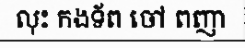
លុះ កងទ័ព ចៅ ពញា